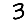
Digit: 3